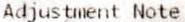
ADJUSTMENT NOTE